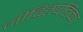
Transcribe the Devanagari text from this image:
जीवितपतिका